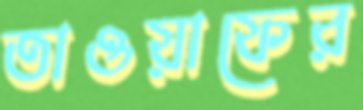
তাওয়াফের